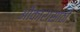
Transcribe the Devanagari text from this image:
ओंकारासाठी